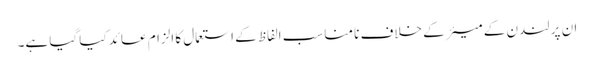
ان پر لندن کے میئر کے خلاف نا مناسب الفاظ کے استعمال کا الزام عائد کیا گیا ہے۔